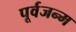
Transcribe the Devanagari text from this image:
पूर्वजन्‍म